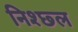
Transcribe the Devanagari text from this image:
निश्छ्ल